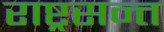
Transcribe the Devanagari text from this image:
राष्ट्रसन्त